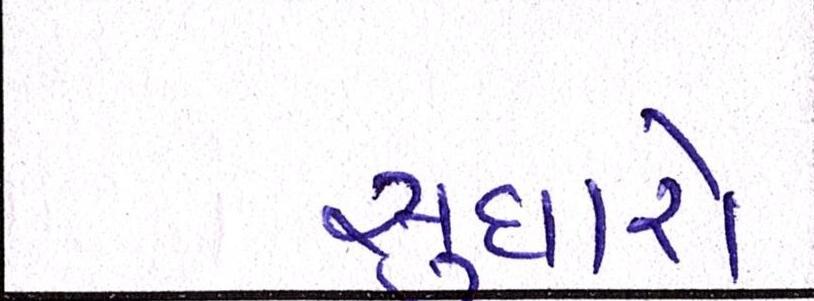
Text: સુધારો